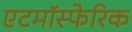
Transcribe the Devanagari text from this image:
एटमॉस्फेरिक